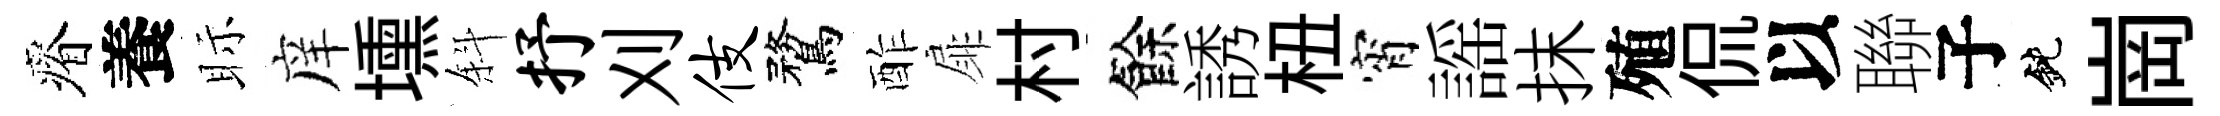
瘠養眎庠壎斜抒刈伎鶩酢扉村餘誘杻宵謡抹殖侃以聯子鈍崗